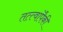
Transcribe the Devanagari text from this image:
तत्त्वांपैकी